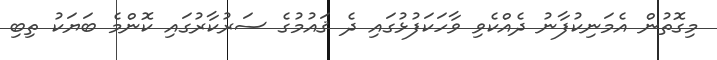
މިގޮތުން އެމަނިކުފާނު ދެއްކެވި ވާހަކަފުޅުގައި ދެ ޤައުމުގެ ސަރުކާރުގައި ކޮންމެ ބަޔަކު ތިބި